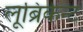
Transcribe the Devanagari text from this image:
लूब्रिकेन्ट